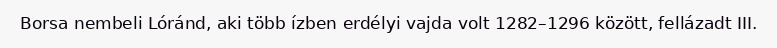
Borsa nembeli Lóránd, aki több ízben erdélyi vajda volt 1282–1296 között, fellázadt III.